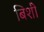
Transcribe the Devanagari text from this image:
बिशी